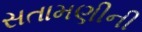
સતામણીની